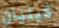
كيليان